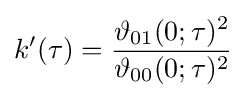
k'(\tau )={\frac {\vartheta _{01}(0;\tau )^{2}}{\vartheta _{00}(0;\tau )^{2}}}